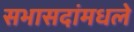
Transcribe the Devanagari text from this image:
सभासदांमधले